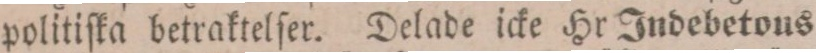
politiſka betraktelſer. Delade icke Hr Indebetous